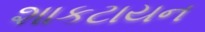
શાકટાયન